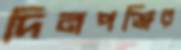
দিনপঞ্জির